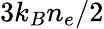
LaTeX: {3k_{B}n_{e}}/2